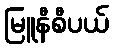
မြူနီစီပယ်